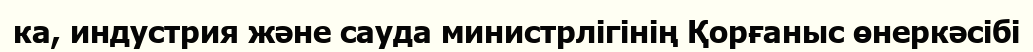
ка, индустрия және сауда министрлігінің Қорғаныс өнеркәсібі